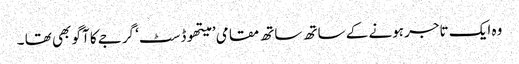
وہ ایک تاجر ہونے کے ساتھ ساتھ مقامی ’ میتھوڈسٹ‘ گرجے کا آگو بھی تھا ۔